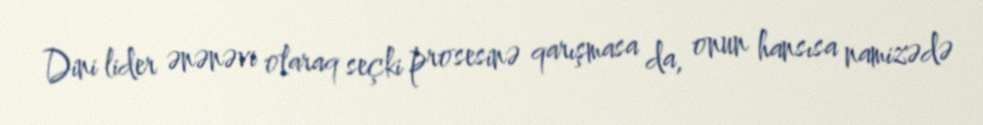
Dini lider ənənəvi olaraq seçki prosesinə qarışmasa da, onun hansısa namizədə